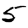
Digit: 5